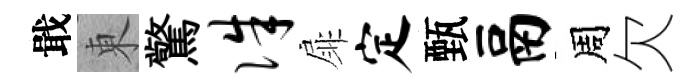
戢東驚侏扉定甄鬲周欠